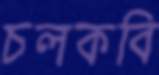
চলকবি